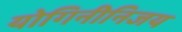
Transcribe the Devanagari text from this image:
योगिनीनिजय